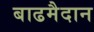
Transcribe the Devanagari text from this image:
बाढमैदान